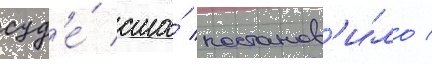
суд'е́ сша́ постанов'и́ло /